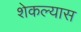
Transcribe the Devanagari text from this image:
शेकल्यास